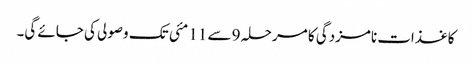
کاغذات نامزدگی کا مرحلہ 9 سے 11 مئی تک وصولی کی جائے گی۔